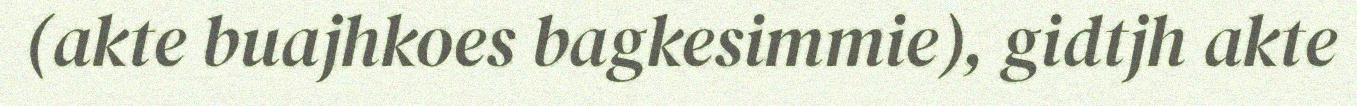
(akte buajhkoes bagkesimmie), gidtjh akte